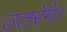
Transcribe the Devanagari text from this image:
उतरेंगे।